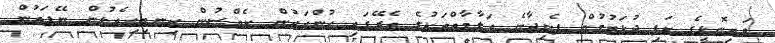
ވައިނޮޅީގެ ކަފި ދުޅަވުމުން ފެނިދާނެ އަލާމާތްތަކުގެ ތެރޭގައި ހުންއައުން ކެއްސުން ކިނބިިހިއެޅުން ނޭފަތުން